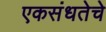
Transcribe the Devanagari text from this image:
एकसंधतेचे